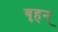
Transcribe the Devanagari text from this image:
बृहन्